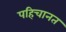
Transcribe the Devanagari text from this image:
पहिचानत